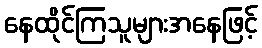
နေထိုင်ကြသူများအနေဖြင့်